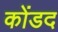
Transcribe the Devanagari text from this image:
कोंडद